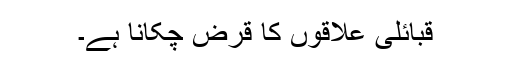
قبائلی علاقوں کا قرض چکانا ہے۔